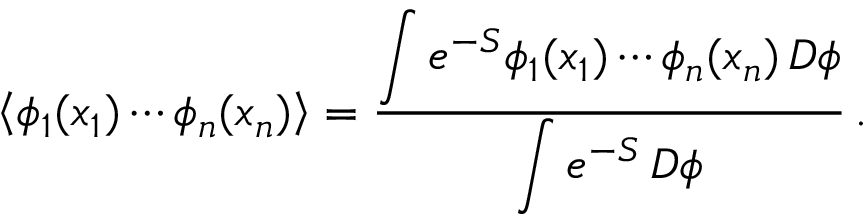
\left\langle \phi _ { 1 } ( x _ { 1 } ) \cdots \phi _ { n } ( x _ { n } ) \right\rangle = { \frac { \displaystyle \int e ^ { - S } \phi _ { 1 } ( x _ { 1 } ) \cdots \phi _ { n } ( x _ { n } ) \, D \phi } { \displaystyle \int e ^ { - S } \, D \phi } } \, .